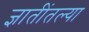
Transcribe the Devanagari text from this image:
ज्ञातींतल्या